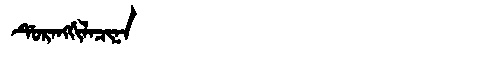
Manchu: ᡩᡠᡵᠠᠩᡤᡳᠯᠠᠴᡳᠨᠠ
Romanization: DURANGGILACINA